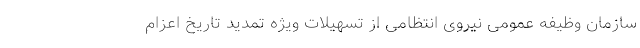
سازمان وظیفه عمومی نیروی انتظامی از تسهیلات ویژه تمدید تاریخ اعزام